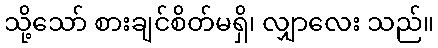
သို့သော် စားချင်စိတ်မရှိ၊ လျှာလေး သည်။